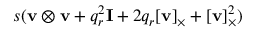
s ( \mathbf { v } \otimes \mathbf { v } + q _ { r } ^ { 2 } \mathbf { I } + 2 q _ { r } [ \mathbf { v } ] _ { \times } + [ \mathbf { v } ] _ { \times } ^ { 2 } )